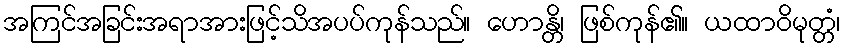
အကြင်အခြင်းအရာအားဖြင့်သိအပပ်ကုန်သည်။ ဟောန္တိ၊ ဖြစ်ကုန်၏။ ယထာဝိမုတ္တံ၊